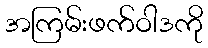
အကြမ်းဖက်ဝါဒကို